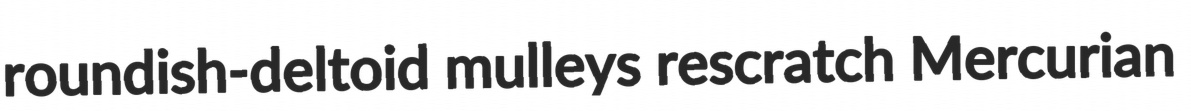
roundish-deltoid mulleys rescratch Mercurian